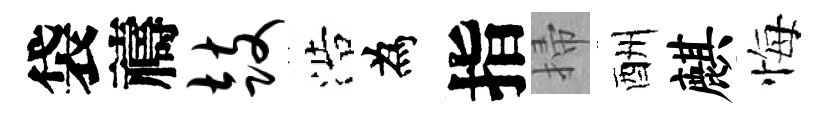
袋禱鼓浩為指掃酬麒悔